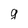
Character: g